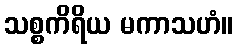
သစ္စကိရိယ မကာသဟံ။